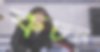
কচন